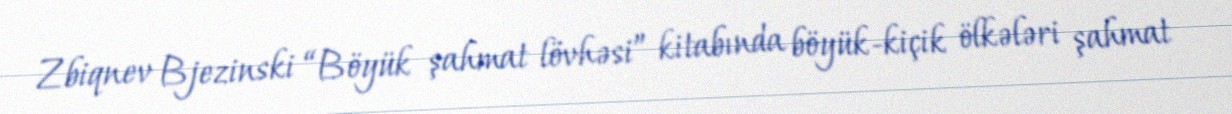
Zbiqnev Bjezinski “Böyük şahmat lövhəsi” kitabında böyük-kiçik ölkələri şahmat